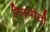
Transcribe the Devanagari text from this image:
रिमपोछी